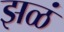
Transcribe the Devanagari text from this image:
झळं